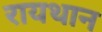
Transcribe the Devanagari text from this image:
रायथान